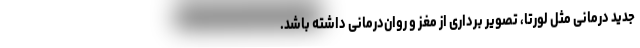
جدید درمانی مثل لورتا، تصویر برداری از مغز و روان‌درمانی داشته باشد.